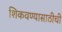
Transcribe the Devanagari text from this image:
शिकवण्यासाठीची